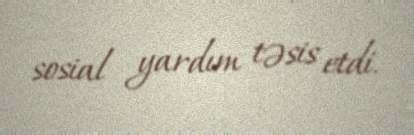
sosial yardım təsis etdi.